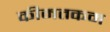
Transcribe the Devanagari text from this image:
कीमतकम